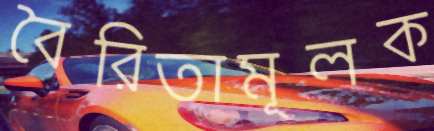
বৈরিতামূলক